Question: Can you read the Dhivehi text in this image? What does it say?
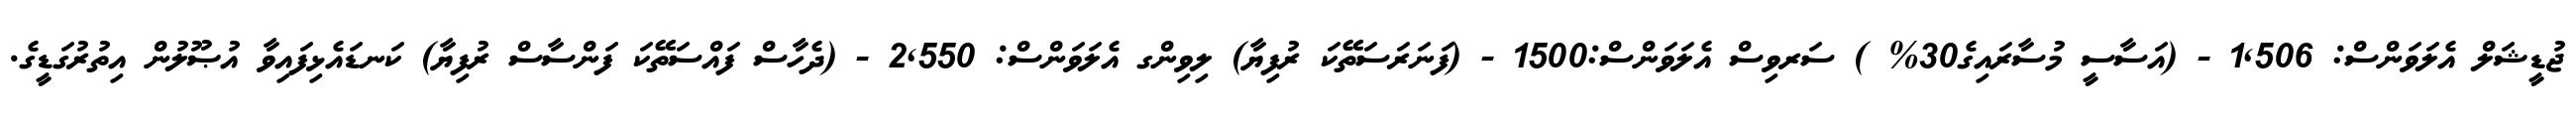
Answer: ޖުޑީޝަލް އެލަވަންސް: 1,506 - (އަސާސީ މުސާރައިގެ30% ) ސަރވިސް އެލަވަންސް:1500 - (ފަނަރަސަތޭކަ ރުފިޔާ) ލިވިންގ އެލަވަންސް: 2,550 - (ދެހާސް ފައްސަތޭކަ ފަންސާސް ރުފިޔާ) ކަނޑައެޅިފައިވާ އުޞޫލުން އިތުރުގަޑީގެ.